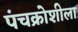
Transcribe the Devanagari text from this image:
पंचक्रोशीला